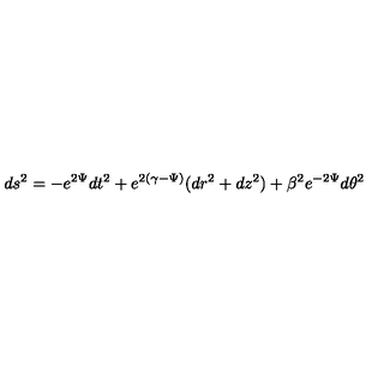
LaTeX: d s ^ { 2 } = - e ^ { 2 \Psi } d t ^ { 2 } + e ^ { 2 ( \gamma - \Psi ) } ( d r ^ { 2 } + d z ^ { 2 } ) + \beta ^ { 2 } e ^ { - 2 \Psi } d \theta ^ { 2 }